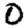
Digit: 0